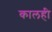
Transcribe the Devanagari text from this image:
कालही